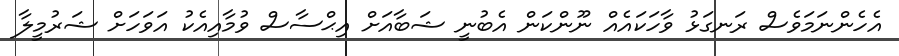
އެހެންނަމަވެސް ރަނގަޅު ވާހަކައެއް ނޫންކަން އެބުނީ ޝަބާއަށް އިޙްސާސް ވުމާއިއެކު އަވަހަށް ޝަރުމީލާ